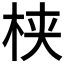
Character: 𬂩